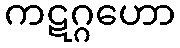
ကဋဂ္ဂဟော